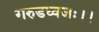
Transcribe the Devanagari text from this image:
गरुडध्वजः।।